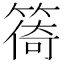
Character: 𥰧